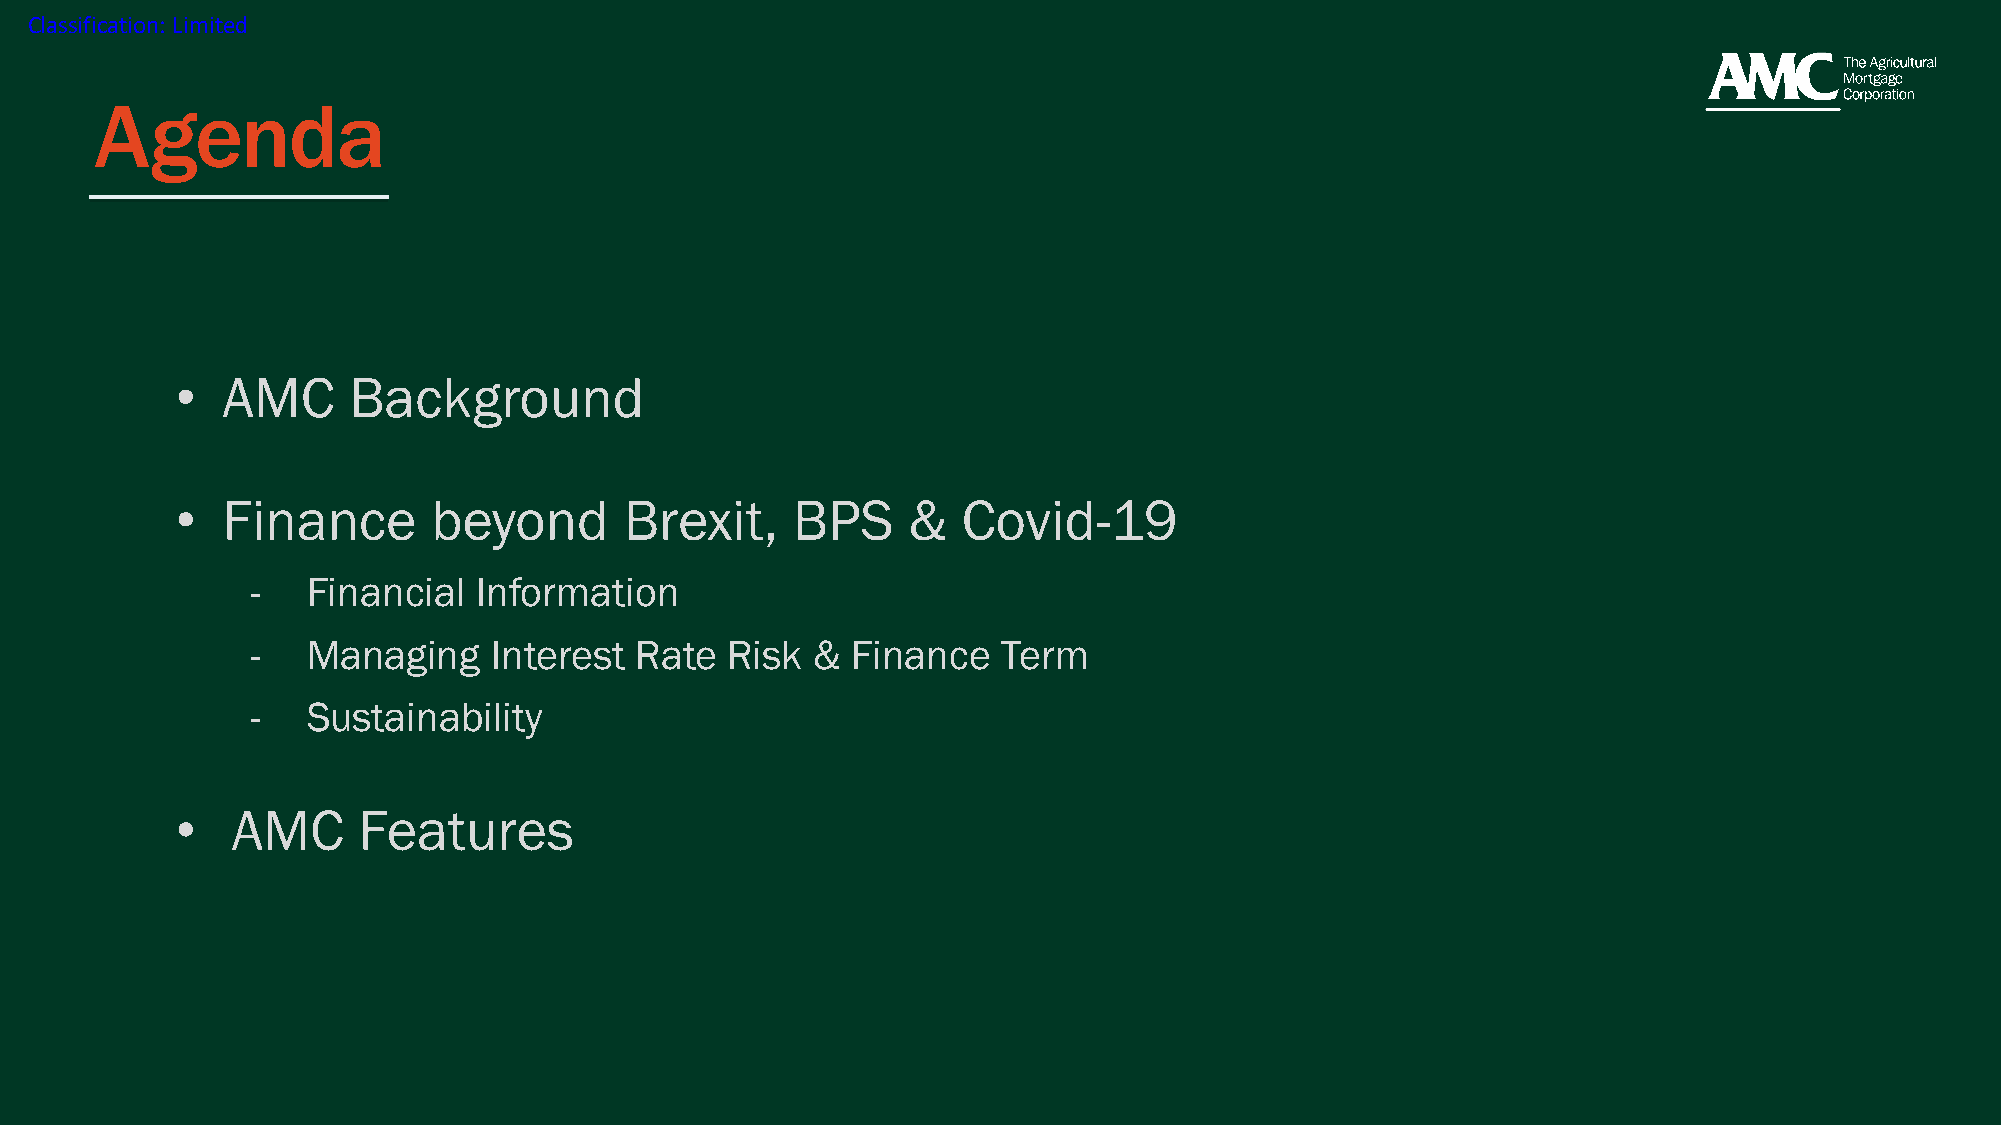
Classification: Limited
 Agenda
 •  AMC     Background
 •  Finance       beyond      Brexit,    BPS     &   Covid-19
 -  Financial   Information
 -  Managing     Interest Rate  Risk  & Finance   Term
 -  Sustainability
 •  AMC      Features